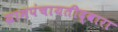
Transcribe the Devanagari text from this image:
ग्रामपंचायतीद्वारा